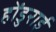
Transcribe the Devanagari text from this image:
होंडुराई